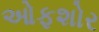
ઓફશોર